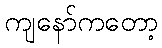
ကျနော်ကတော့